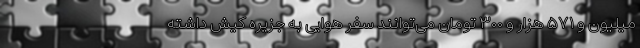
میلیون و ۵۷۱ هزار و ۳۰۰ تومان می‌توانند سفر هوایی به جزیره کیش داشته